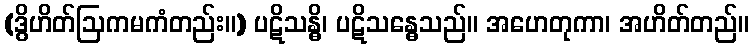
(ဒွိဟိတ်ဩကမကံတည်း။) ပဋိသန္ဓိ၊ ပဋိသန္ဓေသည်။ အဟေတုကာ၊ အဟိတ်တည်။